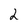
Character: 2